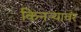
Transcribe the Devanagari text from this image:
किनऱ्यावर